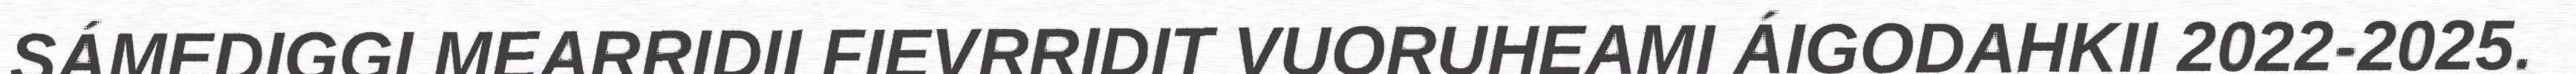
SÁMEDIGGI MEARRIDII FIEVRRIDIT VUORUHEAMI ÁIGODAHKII 2022-2025.